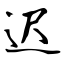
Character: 迟